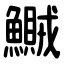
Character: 鱡